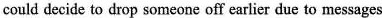
could decide to drop someone off earlier due to messages